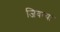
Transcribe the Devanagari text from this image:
जिवत्या